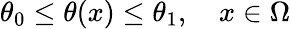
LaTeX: \begin{array}{r}{\theta_{0}\leq\theta(x)\leq\theta_{1},\quad x\in\Omega}\end{array}